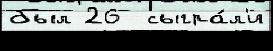
был 26  сыгра́л'и